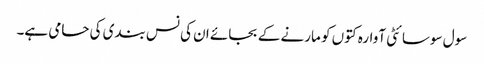
سول سوسائٹی آوارہ کتوں کو مارنے کے بجائے ان کی نس بندی کی حامی ہے۔